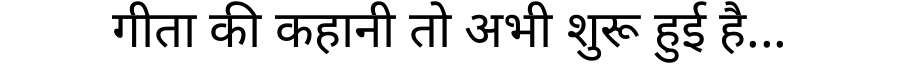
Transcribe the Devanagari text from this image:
गीता की कहानी तो अभी शुरू हुई है...